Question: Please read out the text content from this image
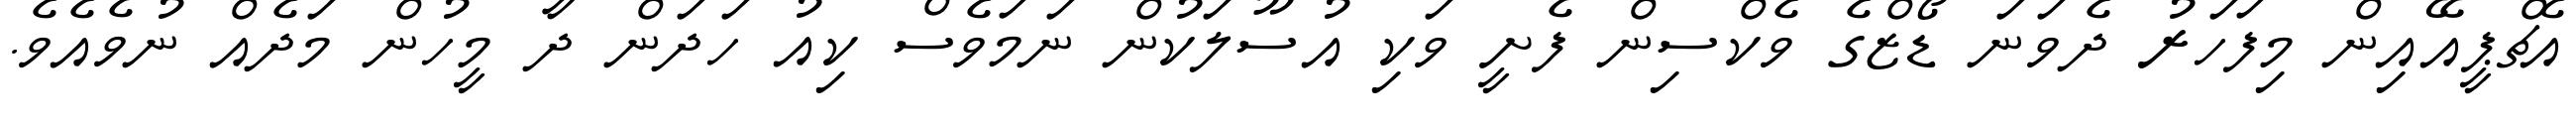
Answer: އެޗްޕީއޭއިން މިފަހަރު ދެވަނަ ޑޯޒްގެ ވެކްސިން ފެށީ ވަކި އުސޫލަކުން ނަމަވެސް ކިއު ހަދަން ދާ މީހުން މަދެއް ނުވެއެވެ.